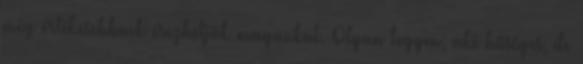
még értékesebbnek érezhetjük magunkat. Olyan legyen, aki hűséges, de